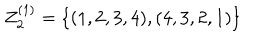
Z _ { 2 } ^ { ( 1 ) } = \{ ( 1 , 2 , 3 , 4 ) , ( 4 , 3 , 2 , 1 ) \}